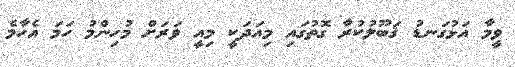
ވީމާ އަޅުގަނޑު ޤަބޫލުކުރާ ގޮތުގައި މިއަދަކީ މިއީ ވަރަށް މުހިންމު ހަމަ އެހާމެ